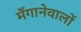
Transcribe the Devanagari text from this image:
मँगानेवालों